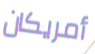
أمريكان